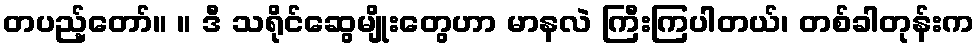
တပည့်တော်။ ။ ဒီ သရိုင်ဆွေမျိုးတွေဟာ မာနလဲ ကြီးကြပါတယ်၊ တစ်ခါတုန်းက